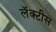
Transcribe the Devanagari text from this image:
लॅक्‍टीस